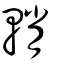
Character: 輎